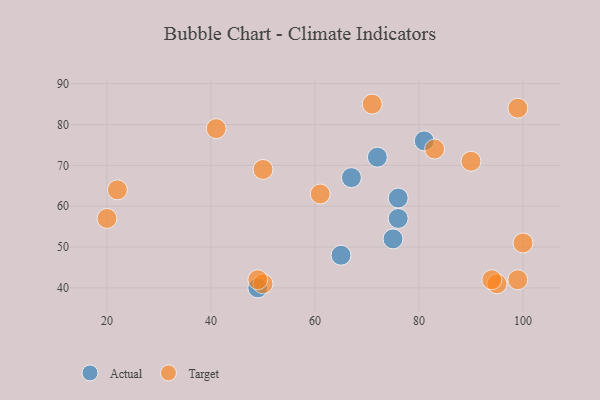
{"axis": {"x": "GDP", "y": "Life Expectancy"}, "legend": ["Actual", "Target"], "data": [{"x": "67", "y": 67, "type": "Actual"}, {"x": "76", "y": 57, "type": "Actual"}, {"x": "49", "y": 40, "type": "Actual"}, {"x": "76", "y": 62, "type": "Actual"}, {"x": "75", "y": 52, "type": "Actual"}, {"x": "81", "y": 76, "type": "Actual"}, {"x": "65", "y": 48, "type": "Actual"}, {"x": "72", "y": 72, "type": "Actual"}, {"x": "20", "y": 57, "type": "Target"}, {"x": "71", "y": 85, "type": "Target"}, {"x": "50", "y": 41, "type": "Target"}, {"x": "99", "y": 42, "type": "Target"}, {"x": "50", "y": 69, "type": "Target"}, {"x": "61", "y": 63, "type": "Target"}, {"x": "83", "y": 74, "type": "Target"}, {"x": "22", "y": 64, "type": "Target"}, {"x": "100", "y": 51, "type": "Target"}, {"x": "41", "y": 79, "type": "Target"}, {"x": "95", "y": 41, "type": "Target"}, {"x": "94", "y": 42, "type": "Target"}, {"x": "90", "y": 71, "type": "Target"}, {"x": "49", "y": 42, "type": "Target"}, {"x": "99", "y": 84, "type": "Target"}]}